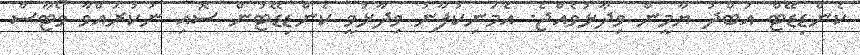
ކެންޑިޑޭޓް އަބްދު ޔާމީން ވިދާޅުވެއްޖެ. އެމަނިކުފާނު ވިދާޅުވީ ކެންޑިޑޭޓުން ސޮއި ނުކުރައްވާ ވޯޓާސް